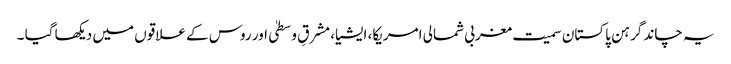
یہ چاند گرہن پاکستان سمیت مغربی شمالی امریکا، ایشیا، مشرقِ وسطیٰ اور روس کے علاقوں میں دیکھا گیا ۔